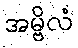
အမ္ဗိလံ